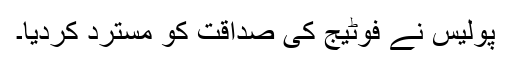
پولیس نے فوٹیج کی صداقت کو مسترد کردیا۔